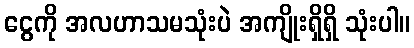
ငွေကို အလဟာသမသုံးပဲ အကျိုးရှိရှိ သုံးပါ။